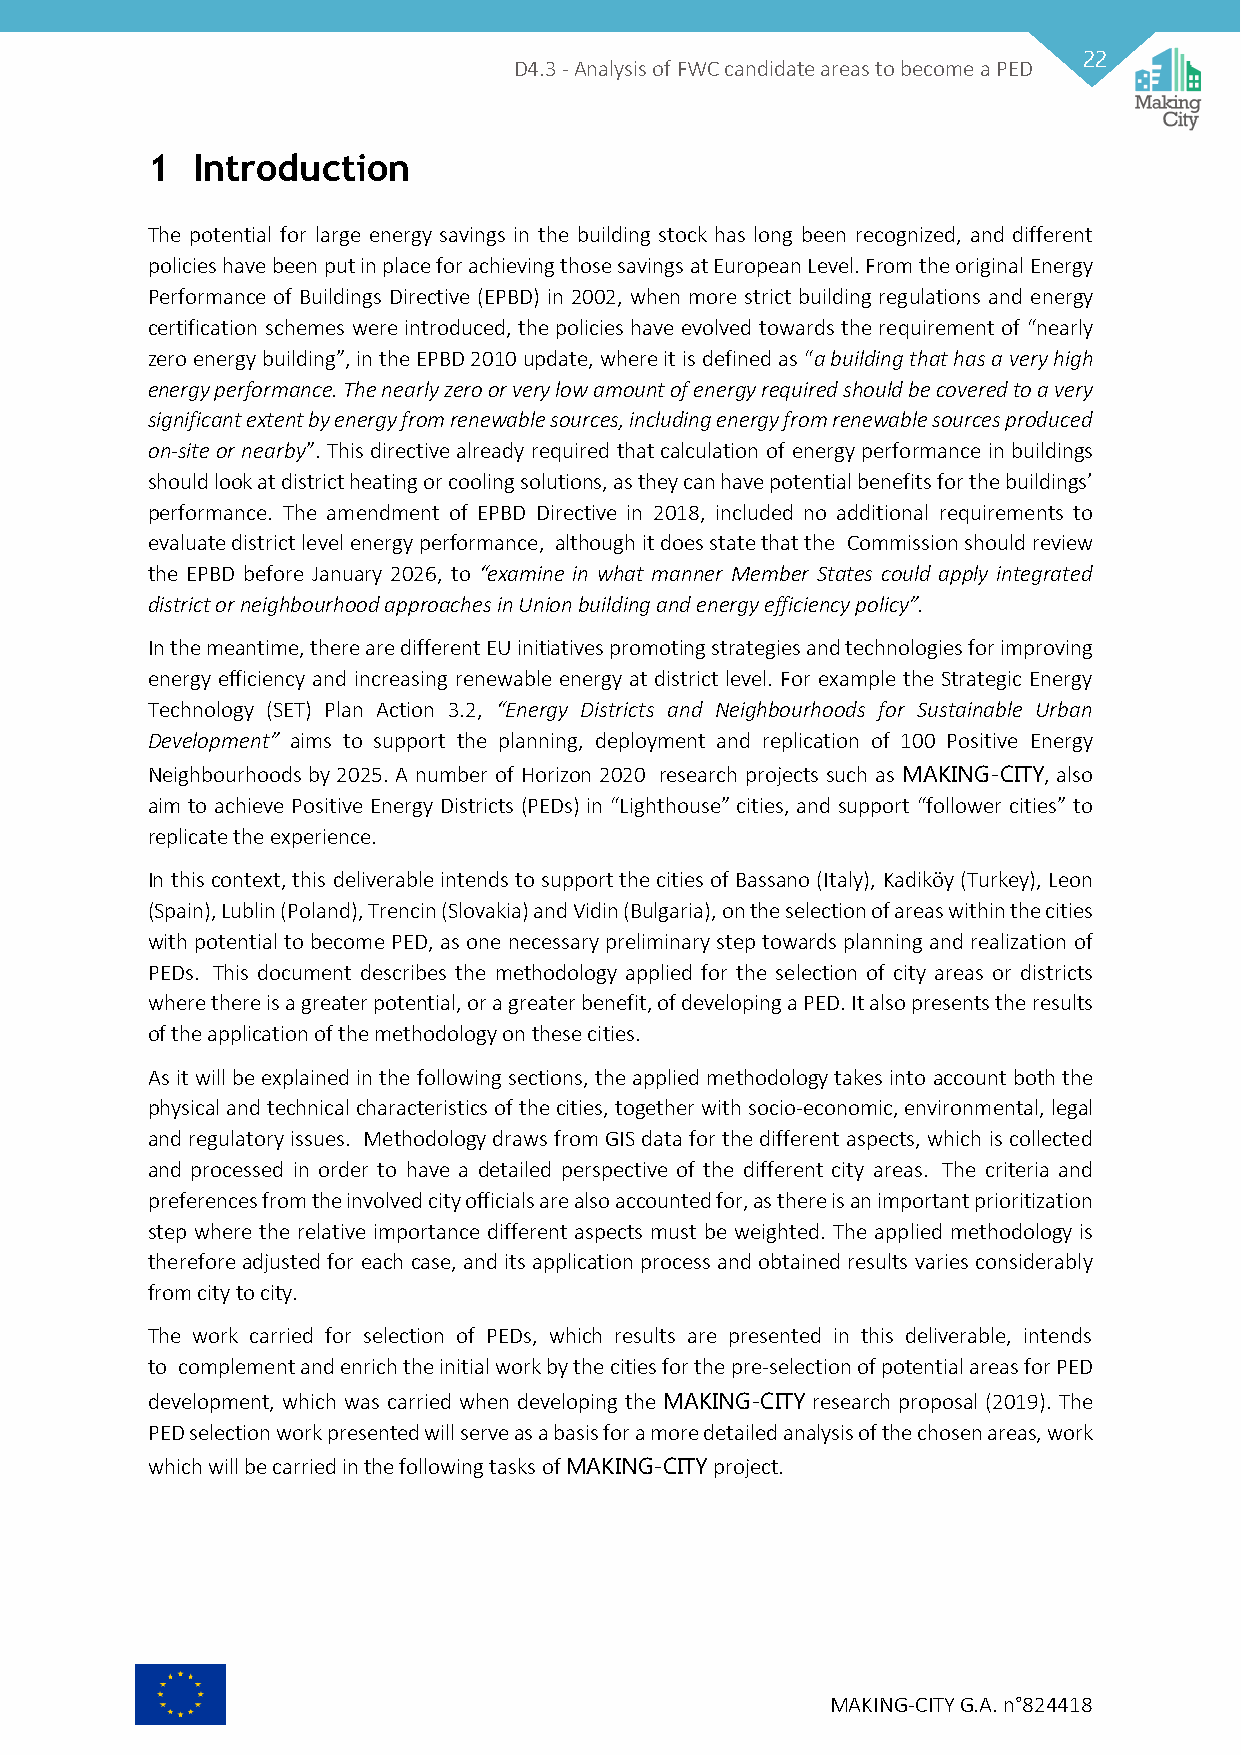
22
 D4.3 - Analysis of FWC candidate areas to become a PED
 1  Introduction
 The potential for large energy savings in the building stock has long been recognized, and different
 policies have been put in place for achieving those savings at European Level. From the original Energy
 Performance of Buildings Directive (EPBD) in 2002, when more strict building regulations and energy
 certification schemes were introduced, the policies have evolved towards the requirement of “nearly
 zero energy building”, in the EPBD 2010 update, where it is defined as “a building that has a very high
 energy performance. The nearly zero or very low amount of energy required should be covered to a very
 significant extent by energy from renewable sources, including energy from renewable sources produced
 on-site or nearby”. This directive already required that calculation of energy performance in buildings
 should look at district heating or cooling solutions, as they can have potential benefits for the buildings’
 performance. The amendment of EPBD Directive in 2018, included no additional requirements to
 evaluate district level energy performance, although it does state that the Commission should review
 the EPBD before January 2026, to “examine in what manner Member States could apply integrated
 district or neighbourhood approaches in Union building and energy efficiency policy”.
 In the meantime, there are different EU initiatives promoting strategies and technologies for improving
 energy efficiency and increasing renewable energy at district level. For example the Strategic Energy
 Technology (SET) Plan Action 3.2, “Energy Districts and Neighbourhoods for Sustainable Urban
 Development” aims to support the planning, deployment and replication of 100 Positive Energy
 Neighbourhoods by 2025. A number of Horizon 2020 research projects such as MAKING-CITY, also
 aim to achieve Positive Energy Districts (PEDs) in “Lighthouse” cities, and support “follower cities” to
 replicate the experience.
 In this context, this deliverable intends to support the cities of Bassano (Italy), Kadiköy (Turkey), Leon
 (Spain), Lublin (Poland), Trencin (Slovakia) and Vidin (Bulgaria), on the selection of areas within the cities
 with potential to become PED, as one necessary preliminary step towards planning and realization of
 PEDs. This document describes the methodology applied for the selection of city areas or districts
 where there is a greater potential, or a greater benefit, of developing a PED. It also presents the results
 of the application of the methodology on these cities.
 As it will be explained in the following sections, the applied methodology takes into account both the
 physical and technical characteristics of the cities, together with socio-economic, environmental, legal
 and regulatory issues. Methodology draws from GIS data for the different aspects, which is collected
 and processed in order to have a detailed perspective of the different city areas. The criteria and
 preferences from the involved city officials are also accounted for, as there is an important prioritization
 step where the relative importance different aspects must be weighted. The applied methodology is
 therefore adjusted for each case, and its application process and obtained results varies considerably
 from city to city.
 The work carried for selection of PEDs, which results are presented in this deliverable, intends
 to complement and enrich the initial work by the cities for the pre-selection of potential areas for PED
 development, which was carried when developing the MAKING-CITY research proposal (2019). The
 PED selection work presented will serve as a basis for a more detailed analysis of the chosen areas, work
 which will be carried in the following tasks of MAKING-CITY project.
 MAKING-CITY G.A. n°824418